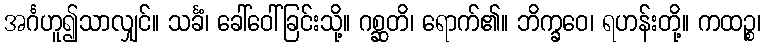
အင်္ဂဟူ၍သာလျှင်။ သင်္ခံ၊ ခေါ်ဝေါ်ခြင်းသို့။ ဂစ္ဆတိ၊ ရောက်၏။ ဘိက္ခဝေ၊ ရဟန်းတို့။ ကထဉ္စ၊